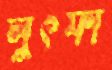
লুৎফা